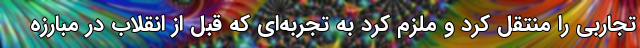
تجاربی را منتقل کرد و ملزم کرد به تجربه‌ای که قبل از انقلاب در مبارزه